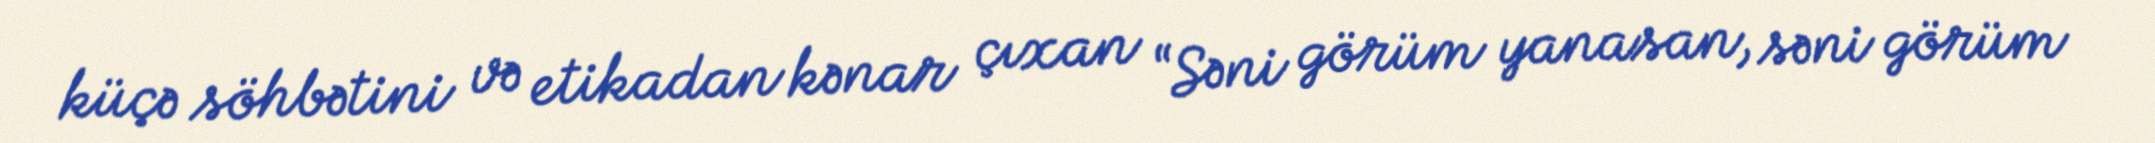
küçə söhbətini və etikadan kənar çıxan “Səni görüm yanasan, səni görüm